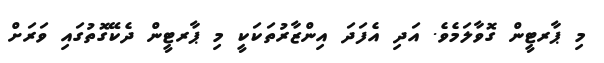
މި ޕާރޓީން ގޮވާލަމެވެ. އަދި އެފަދަ އިންޒާރުތަކަކީ މި ޕާރޓީން ދެކޭގޮތުގައި ވަރަށް